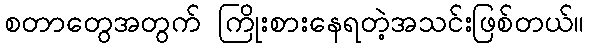
စတာတွေအတွက် ကြိုးစားနေရတဲ့အသင်းဖြစ်တယ်။